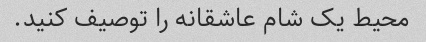
محیط یک شام عاشقانه را توصیف کنید.